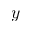
{ y }